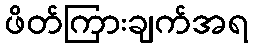
ဖိတ်ကြားချက်အရ